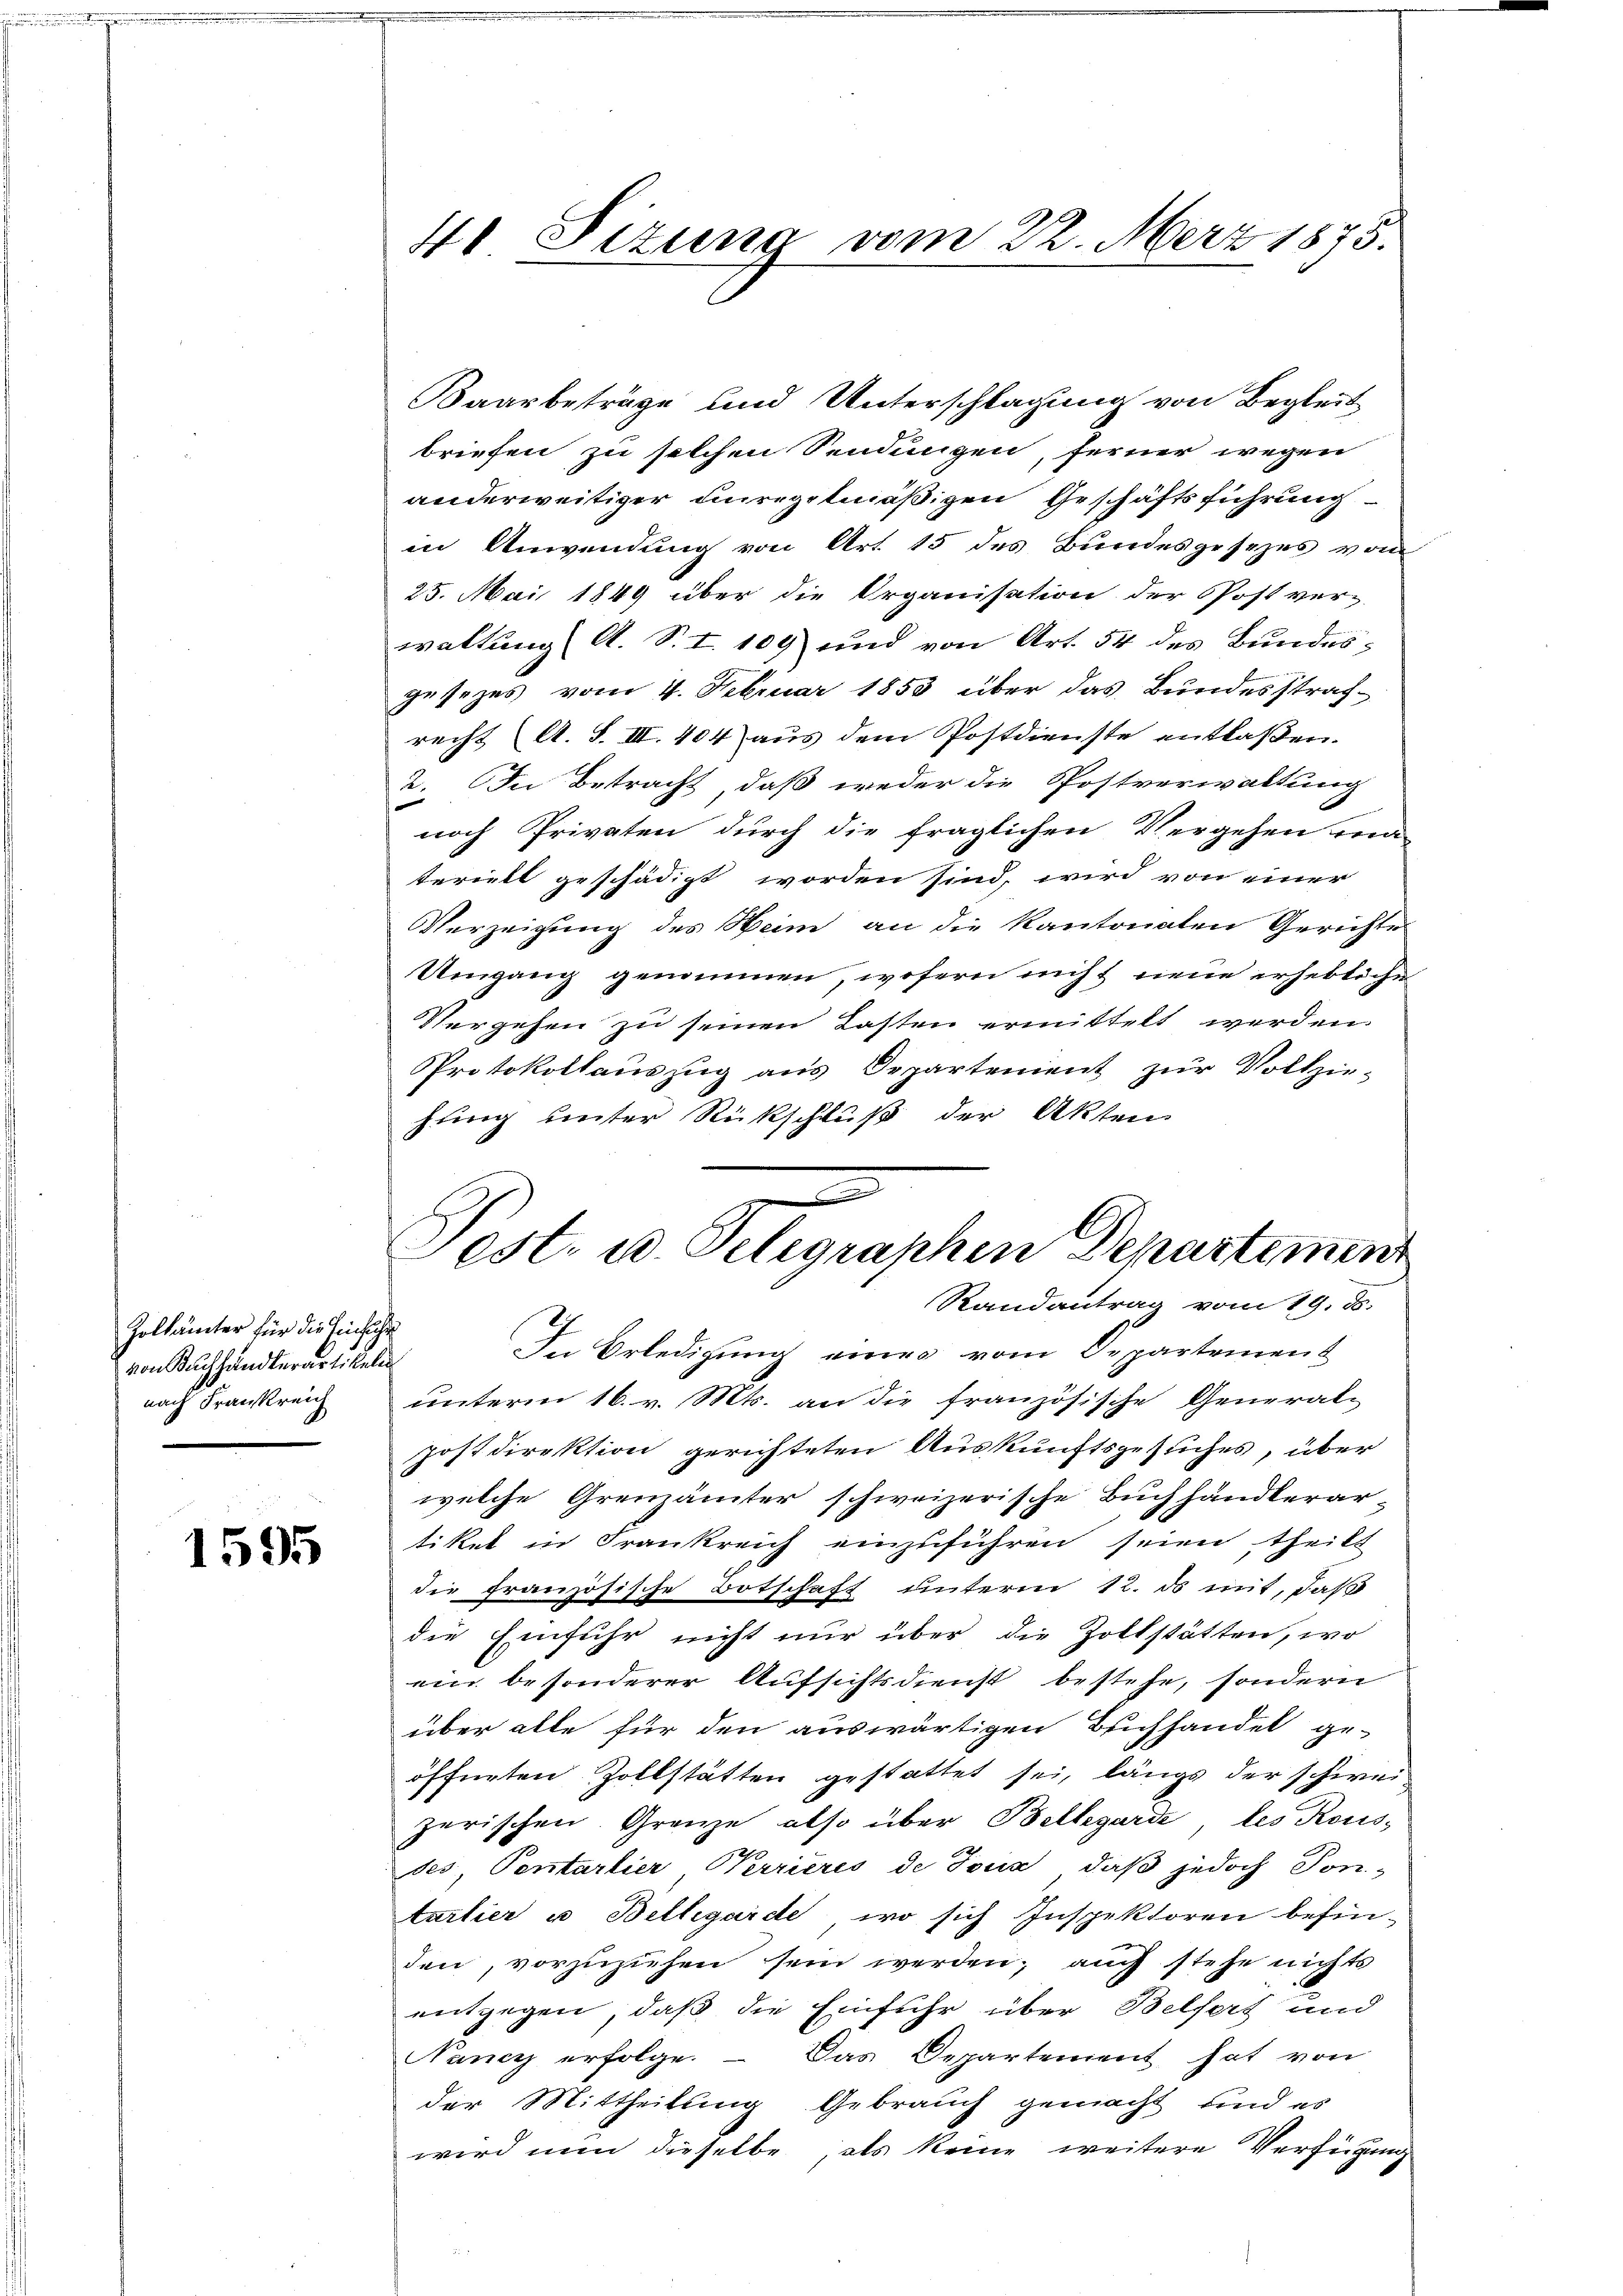
Zollämter für die Einführ
von Buchhandlerartikelin
nach Frankreich

1595

41 Sizung vom 22. März 1875.

aarbeträge und Unterschlagung von Begleit
briefen zu solchen Sendungen, ferner wegen
anderweitiger unregelmäßigen Geschäftsführung
in Anwendung von Art. 15 des Bundesgesezes von
25. Mai 1849 über die Organisation der Post ver-
waltung A. S. I. 109 und von Art. 54 des Bundes-
gesezes vom 4. Februar 1853 über das Bundesstraf-
recht A. S. III. 404 aus dem Postdienste entlaßen.
2. In Betracht, daß weder die Postverwaltung
d
noch Privaten durch die fraglichen Vergehen ma-
teriell geschädigt worden sind, wird von einer
Verzeigung des Heim an die Kantonalen Gerichte
Umgang genommen, wofern nicht neue erhebliche
Vergehen zu seinen Lasten ermittelt werden.
Protokollauszug aus Departement zur Vollzie-
hung unter Rückschluß der Akten
Randantrag vom 19. ds.
In Erledigung eines vom Departement
unterm 16. v. Mts. an die französische General-
postdirektion gerichteten Auskunftsgesuches, über
welche Grenzämter schweizerische Buchhändlerar
tiket in Frankreich einzuführen seien, theilt
die französische Botschaft unterm 12. ds mit, daß
die Einfuhr nicht nur über die Zollstätten, wo
ein besonderer Aufsichtsdienst bestehe, sondern
über alle für den auswärtigen Buchhandel ge-
öffneten Zollstätten gestattet sei, längs der schwei-
zerischen Grenze also über Bellegarde des Rous-
des, Pentarlier Verrieres de Tour, daß jedoch Son-
tartier u Bellegarde, wo sich Inspektoren befin-
den, vorzuziehen sein werden; auch stehe nichts
entgegen, daß die Einfuhr über Belfert und
Nancy erfolge. — Das Departement hat von
der Mittheilung Gebrauch gemacht, und es
wird nun dieselbe als keine weitere Verfügung

2
Fest. u. Telegraphen Departement